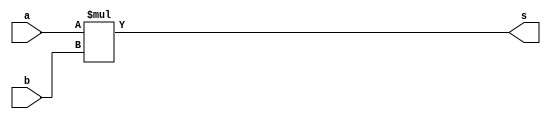
module multiplier(a,b,s);
  input [7:0] a;
  input [7:0] b;
  output [15:0] s;
  assign s = a * b;
endmodule